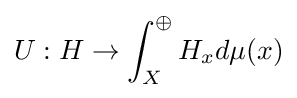
U:H\rightarrow \int _{X}^{\oplus }H_{x}d\mu (x)